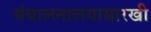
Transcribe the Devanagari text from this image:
संचालनालयासारखी